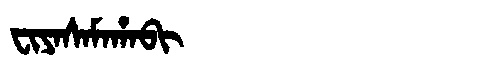
Manchu: ᠸᡳᠶᠠᠰᠠᠮᠠᡥᠠᠪᡳ
Romanization: FIYASAMAHABI